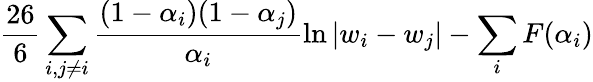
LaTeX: \frac{26}{6}\sum_{i,j\neq i}\frac{(1-\alpha_{i})(1-\alpha_{j})}{\alpha_{i}}\ln|w_{i}-w_{j}|-\sum_{i}F(\alpha_{i})